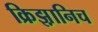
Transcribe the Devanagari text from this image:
क्रिझ़ानिच